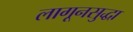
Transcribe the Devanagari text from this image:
लागूनसुद्धा